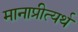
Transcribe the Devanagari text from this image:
मानाप्रीत्यर्थ